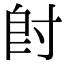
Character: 𡬠